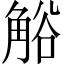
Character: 𧣳